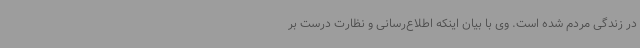
در زندگی مردم شده است. وی با بیان اینکه اطلاع‌رسانی و نظارت درست بر